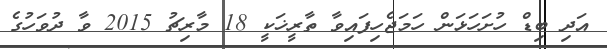
އަދި ބިޑް ހުށަހަޅަން ހަމަޖެހިފައިވާ ތާރީޚަކީ 18 މާރިޗު 2015 ވާ ދުވަހުގެ